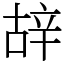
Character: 𨐒